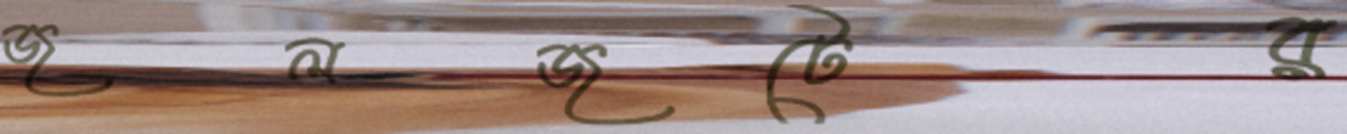
জলজটের